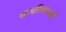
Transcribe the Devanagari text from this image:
सम्मतिदाताओं